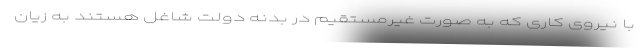
با نیروی کاری که به صورت غیرمستقیم در بدنه دولت شاغل هستند به زیان